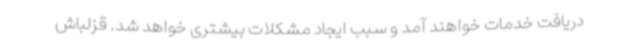
دریافت خدمات خواهند آمد و سبب ایجاد مشکلات بیشتری خواهد شد. قزلباش